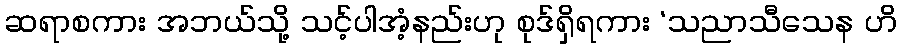
ဆရာစကား အဘယ်သို့ သင့်ပါအံ့နည်းဟု စုဒ်ရှိရကား ‘သညာသီသေန ဟိ